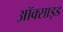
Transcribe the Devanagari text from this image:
अॉक्साइड